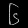
Digit: ၆